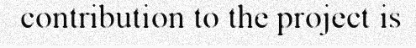
contribution to the project is